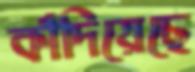
কাঁদিয়েছে